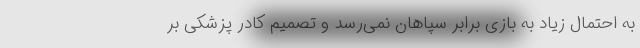
به احتمال زیاد به بازی برابر سپاهان نمی‌رسد و تصمیم کادر پزشکی بر